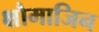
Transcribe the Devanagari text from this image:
क्षौमाजिन